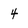
Character: 4